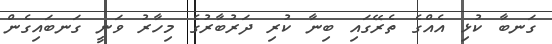
ގަނބާ ކުޅި އެއްގެ ތެރޭގައި ބިނާ ކުރި ދަރުބާރުގެ މިހާރު ވަނީ ގަނބައިގެން